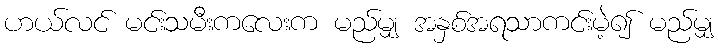
ဟယ်လင် မင်းသမီးကလေးက မည်မျှ အနှစ်အရသာကင်းမဲ့၍ မည်မျှ